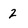
Character: 2